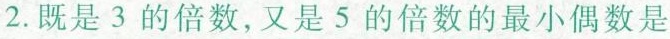
2.既是3的倍数，又是5的倍数的最小偶数是